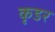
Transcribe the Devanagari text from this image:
कृडर